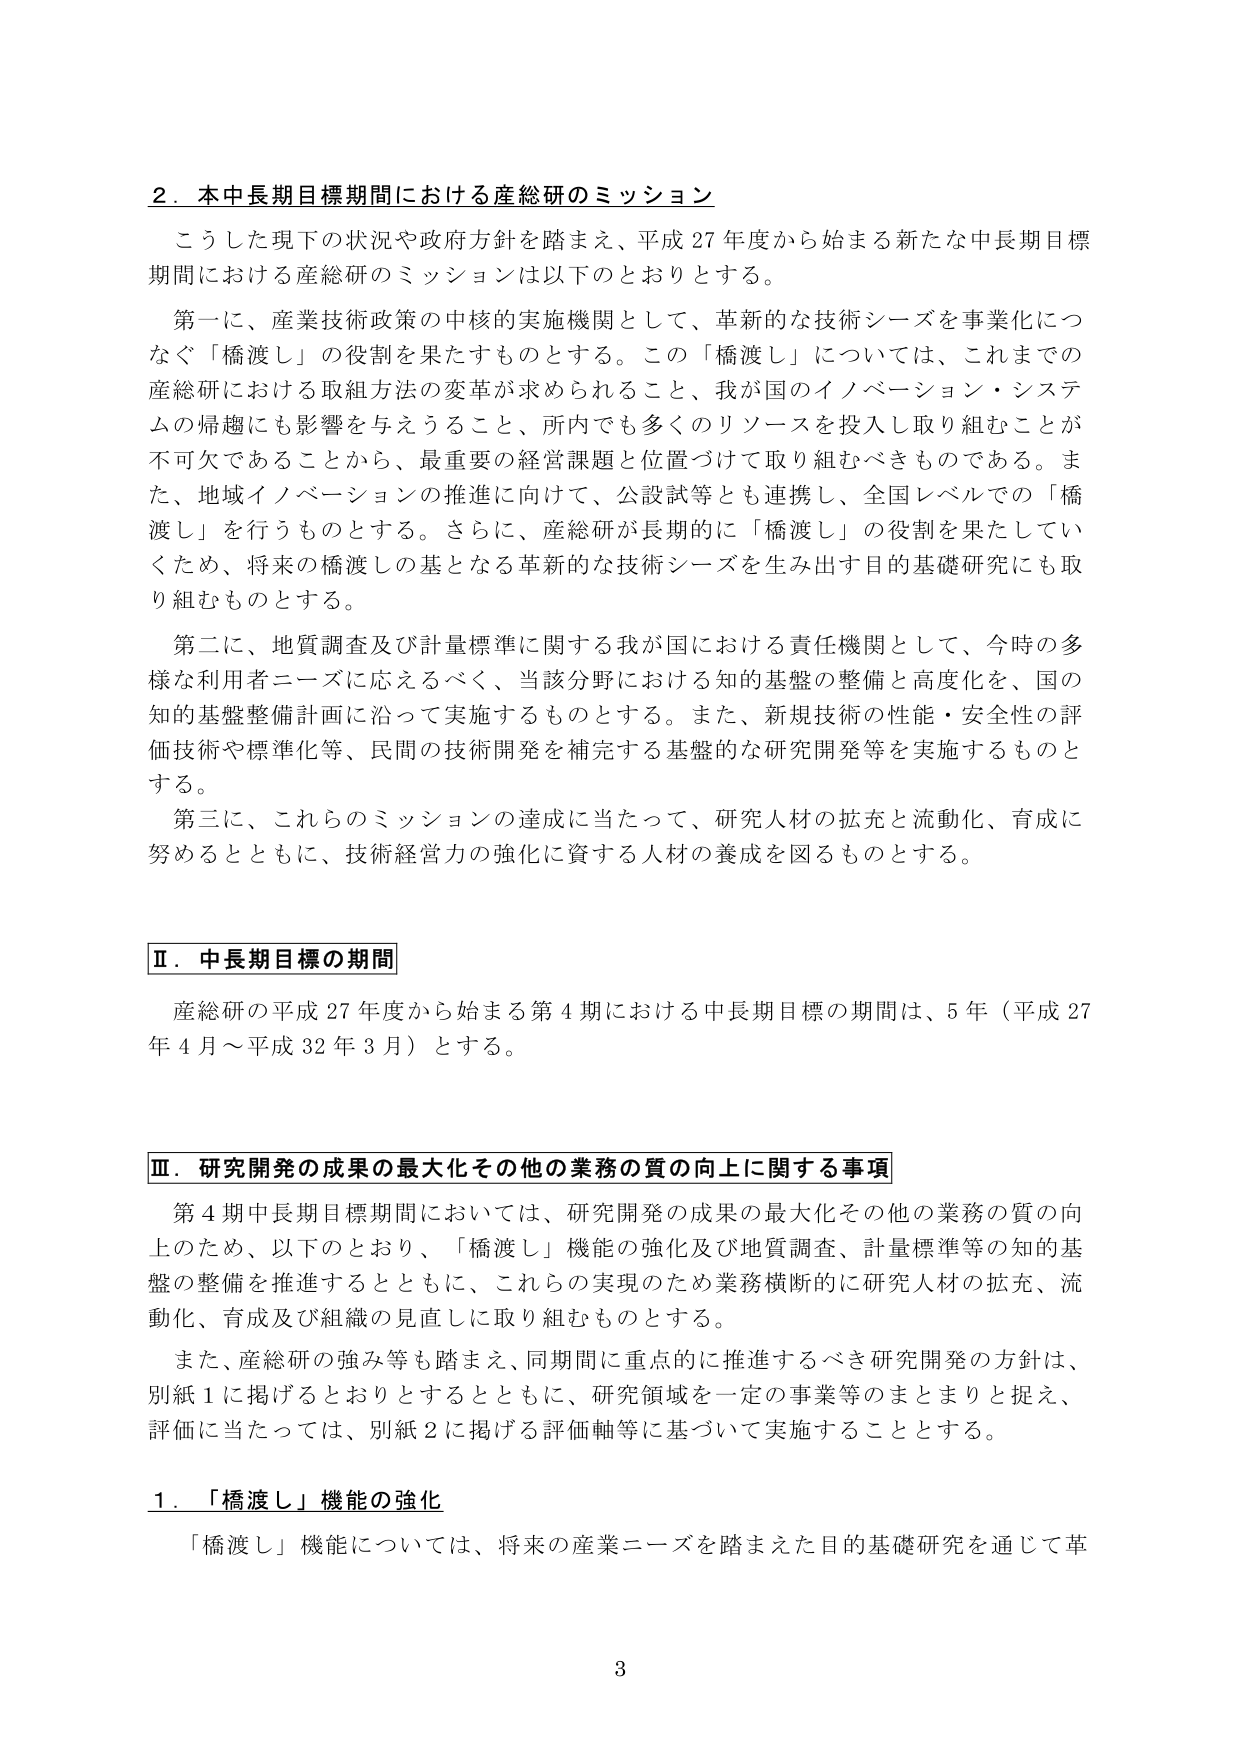
2．本中長期目標期間における産総研のミッション
こうした現下の状況や政府方針を踏まえ、平成27年度から始まる新たな中長期目標期間における産総研のミッションは以下のとおりとする。

第一に、産業技術政策の中核の実施機関として、革新的な技術シーズを事業化につなぐ「橋渡し」の役割を果たすものとする。この「橋渡し」については、これまでの産総研における取組方法の変革が求められること、我が国のイノベーション・システムの帰趨にも影響を与えうること、所内でも多くのリソースを投入し取り組むことが不可欠であることから、最重要の経営課題と位置づけて取り組むべきものである。また、地域イノベーションの推進に向けて、公設試等とも連携し、全国レベルでの「橋渡し」を行うものとする。さらに、産総研が長期的に「橋渡し」の役割を果たしていくため、将来の橋渡しの基となる革新的な技術シーズを生み出す目的基礎研究にも取り組むものとする。

第二に、地質調査及び計量標準に関する我が国における責任機関として、今時の多様な利用者ニーズに応えるべく、当該分野における知的基盤の整備と高度化を、国の知的基盤整備計画に沿って実施するものとする。また、新規技術の性能・安全性の評価技術や標準化等、民間の技術開発を補完する基盤的な研究開発等を実施するものとする。

第三に、これらのミッションの達成に当たって、研究人材の拡充と流動化、育成に努めるとともに、技術経営力の強化に資する人材の養成を図るものとする。

Ⅱ．中長期目標の期間
産総研の平成27年度から始まる第4期における中長期目標の期間は、5年（平成27年4月～平成32年3月）とする。

Ⅲ．研究開発の成果の最大化その他の業務の質の向上に関する事項
第4期中長期目標期間においては、研究開発の成果の最大化その他の業務の質の向上のため、以下のとおり、「橋渡し」機能の強化及び地質調査、計量標準等の知的基盤の整備を推進するとともに、これらの実現のため業務横断的に研究人材の拡充、流動化、育成及び組織の見直しに取り組むものとする。

また、産総研の強み等も踏まえ、同期間に重点的に推進するべき研究開発の方針は、別紙1に掲げるとおりとするとともに、研究領域を一定の事業等のまとまりと捉え、評価に当たっては、別紙2に掲げる評価軸等に基づいて実施することとする。

1．「橋渡し」機能の強化
「橋渡し」機能については、将来の産業ニーズを踏まえた目的基礎研究を通じて革

3